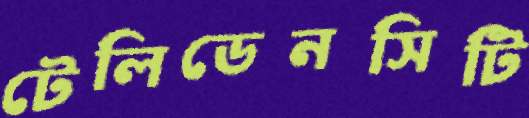
টেলিডেনসিটি